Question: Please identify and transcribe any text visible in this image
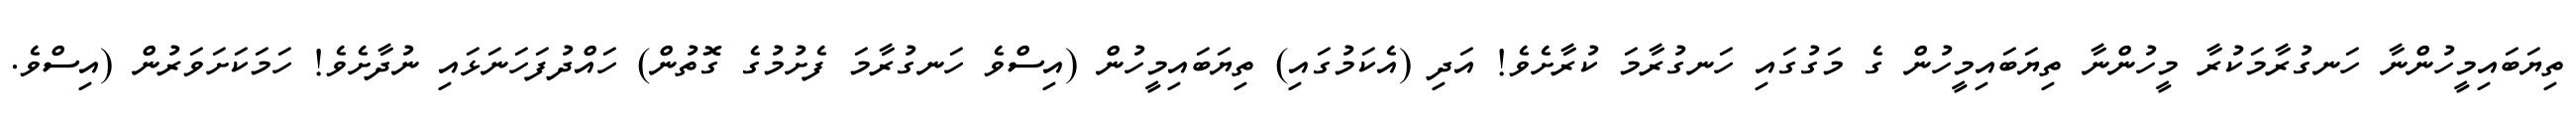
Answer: ތިޔަބައިމީހުންނާ ހަނގުރާމަކުރާ މީހުންނާ ތިޔަބައިމީހުން ގެ މަގުގައި ހަނގުރާމަ ކުރާށެވެ! އަދި (އެކަމުގައި) ތިޔަބައިމީހުން (އިސްވެ ހަނގުރާމަ ފެށުމުގެ ގޮތުން) ހައްދުފަހަނަޅައި ނުދާށެވެ! ހަމަކަށަވަރުން (އިސްވެ.